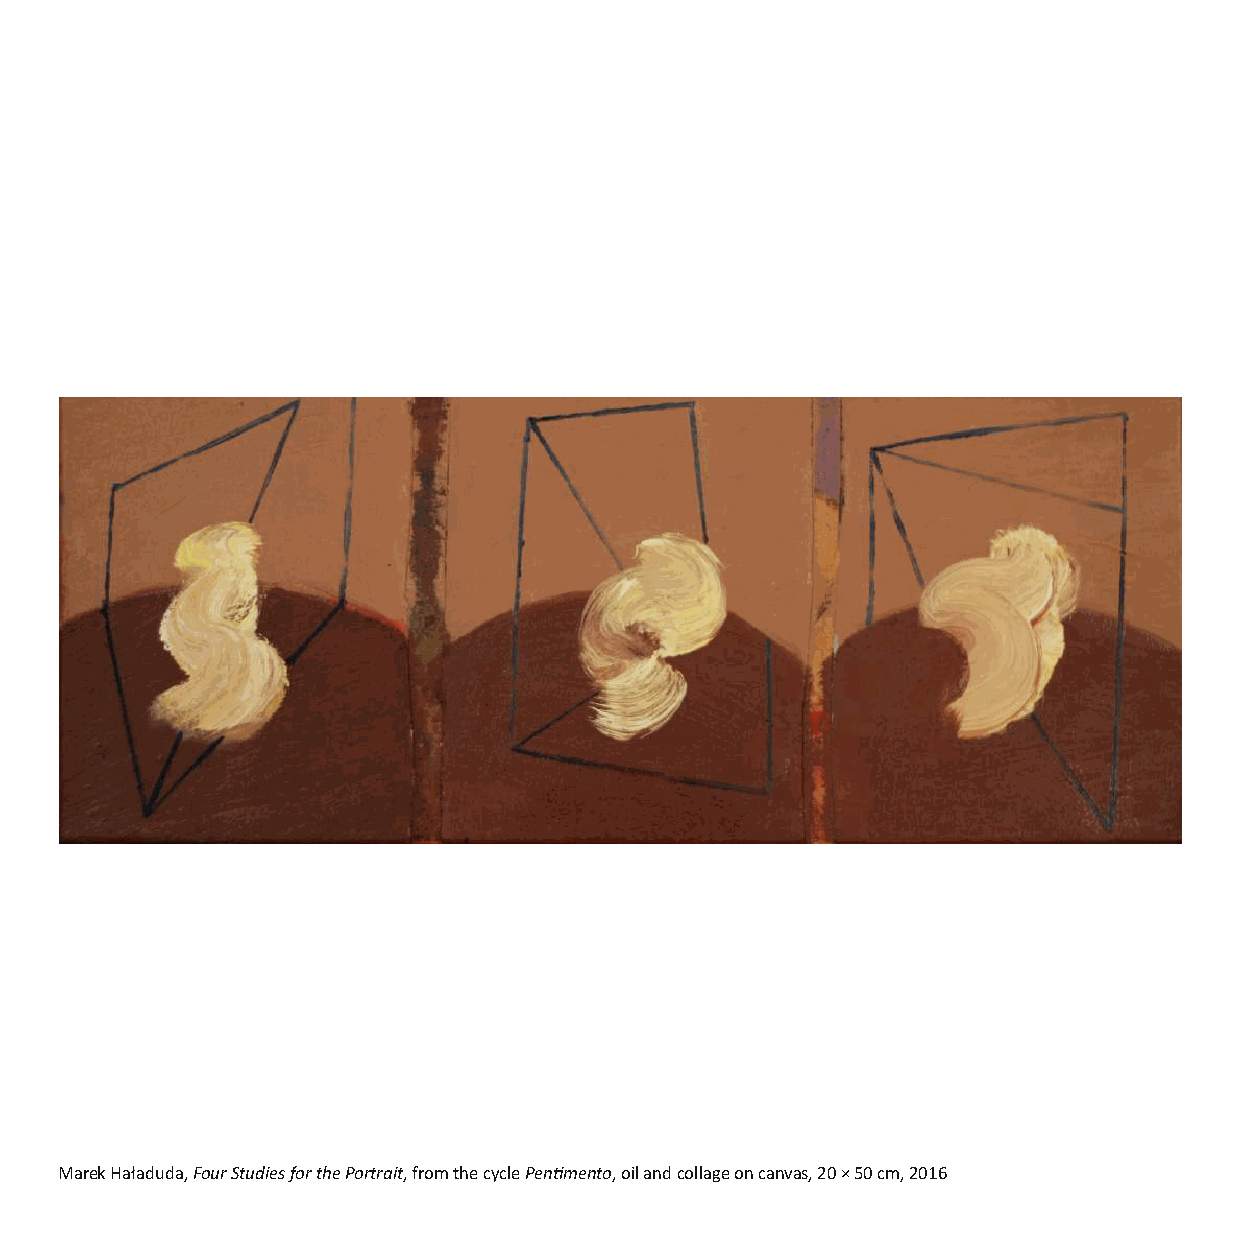
Marek Haładuda, Four Studies for the Portrait, from the cycle Penmento, oil and collage on canvas, 20 × 50 cm, 2016